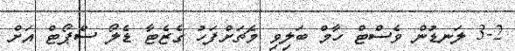
3-2 ލަނޑުން ވެސްޓް ހާމް ބަލިވި މެޗަށްފަހު ގެޒެޓާ ޑެލޯ ސްޕޯޓް އަށް